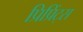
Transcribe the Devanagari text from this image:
प्रिप्रिंट्स